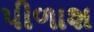
પીળાશ